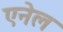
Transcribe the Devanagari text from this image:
एनेल